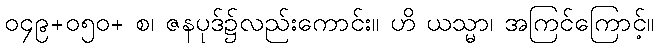
၀၄၉+၀၅၀+ စ၊ ဇနပုဒ်၌လည်းကောင်း။ ဟိ ယသ္မာ၊ အကြင်ကြောင့်။